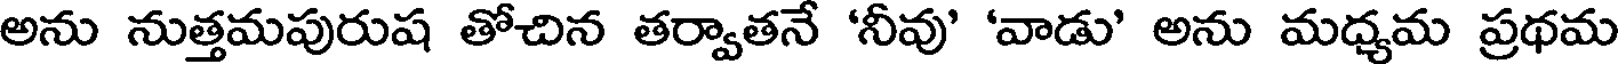
అను నుత్తమపురుష తోచిన తర్వాతనే 'నీవు' 'వాడు' అను మధ్యమ ప్రథమ